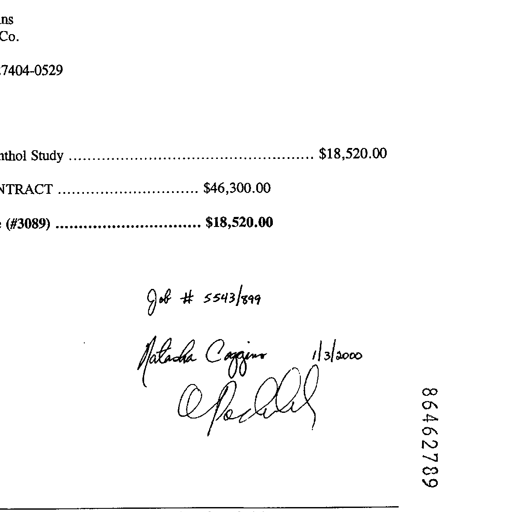
ns
Co.
7404-0529
thol Study ..................................................................................... $18,520.00
NTRACT ............................................................ $46,300.00
(#3089) ............................................................ $18,520.00
Job # 5543/899
Natasha Coggins 1/3/2000
APochler
86462789